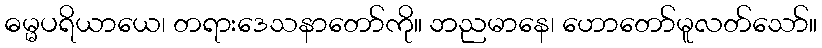
ဓမ္မပရိယာယေ၊ တရားဒေသနာတော်ကို။ ဘညမာနေ၊ ဟောတော်မူလတ်သော်။